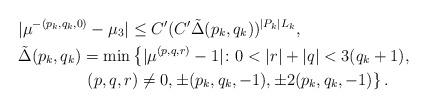
LaTeX: \begin{align*} &|\mu^{-(p_k,q_k,0)}-\mu_3|\leq C' (C'\tilde\Delta(p_k,q_k))^{|P_k|L_{k}},\\& \tilde\Delta(p_k,q_k)=\min\left\{ |\mu^{(p,q,r)}-1|\colon 0<|r|+|q|<3(q_k+1),\right.\\&\qquad\qquad \left. (p,q,r)\neq 0,\pm( p_k,q_k,-1), \pm2(p_k,q_k,-1)\right\}.\end{align*}